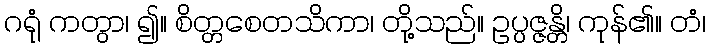
ဂရုံ ကတွာ၊ ၍။ စိတ္တစေတသိကာ၊ တို့သည်။ ဥပ္ပဇ္ဇန္တိ၊ ကုန်၏။ တံ၊